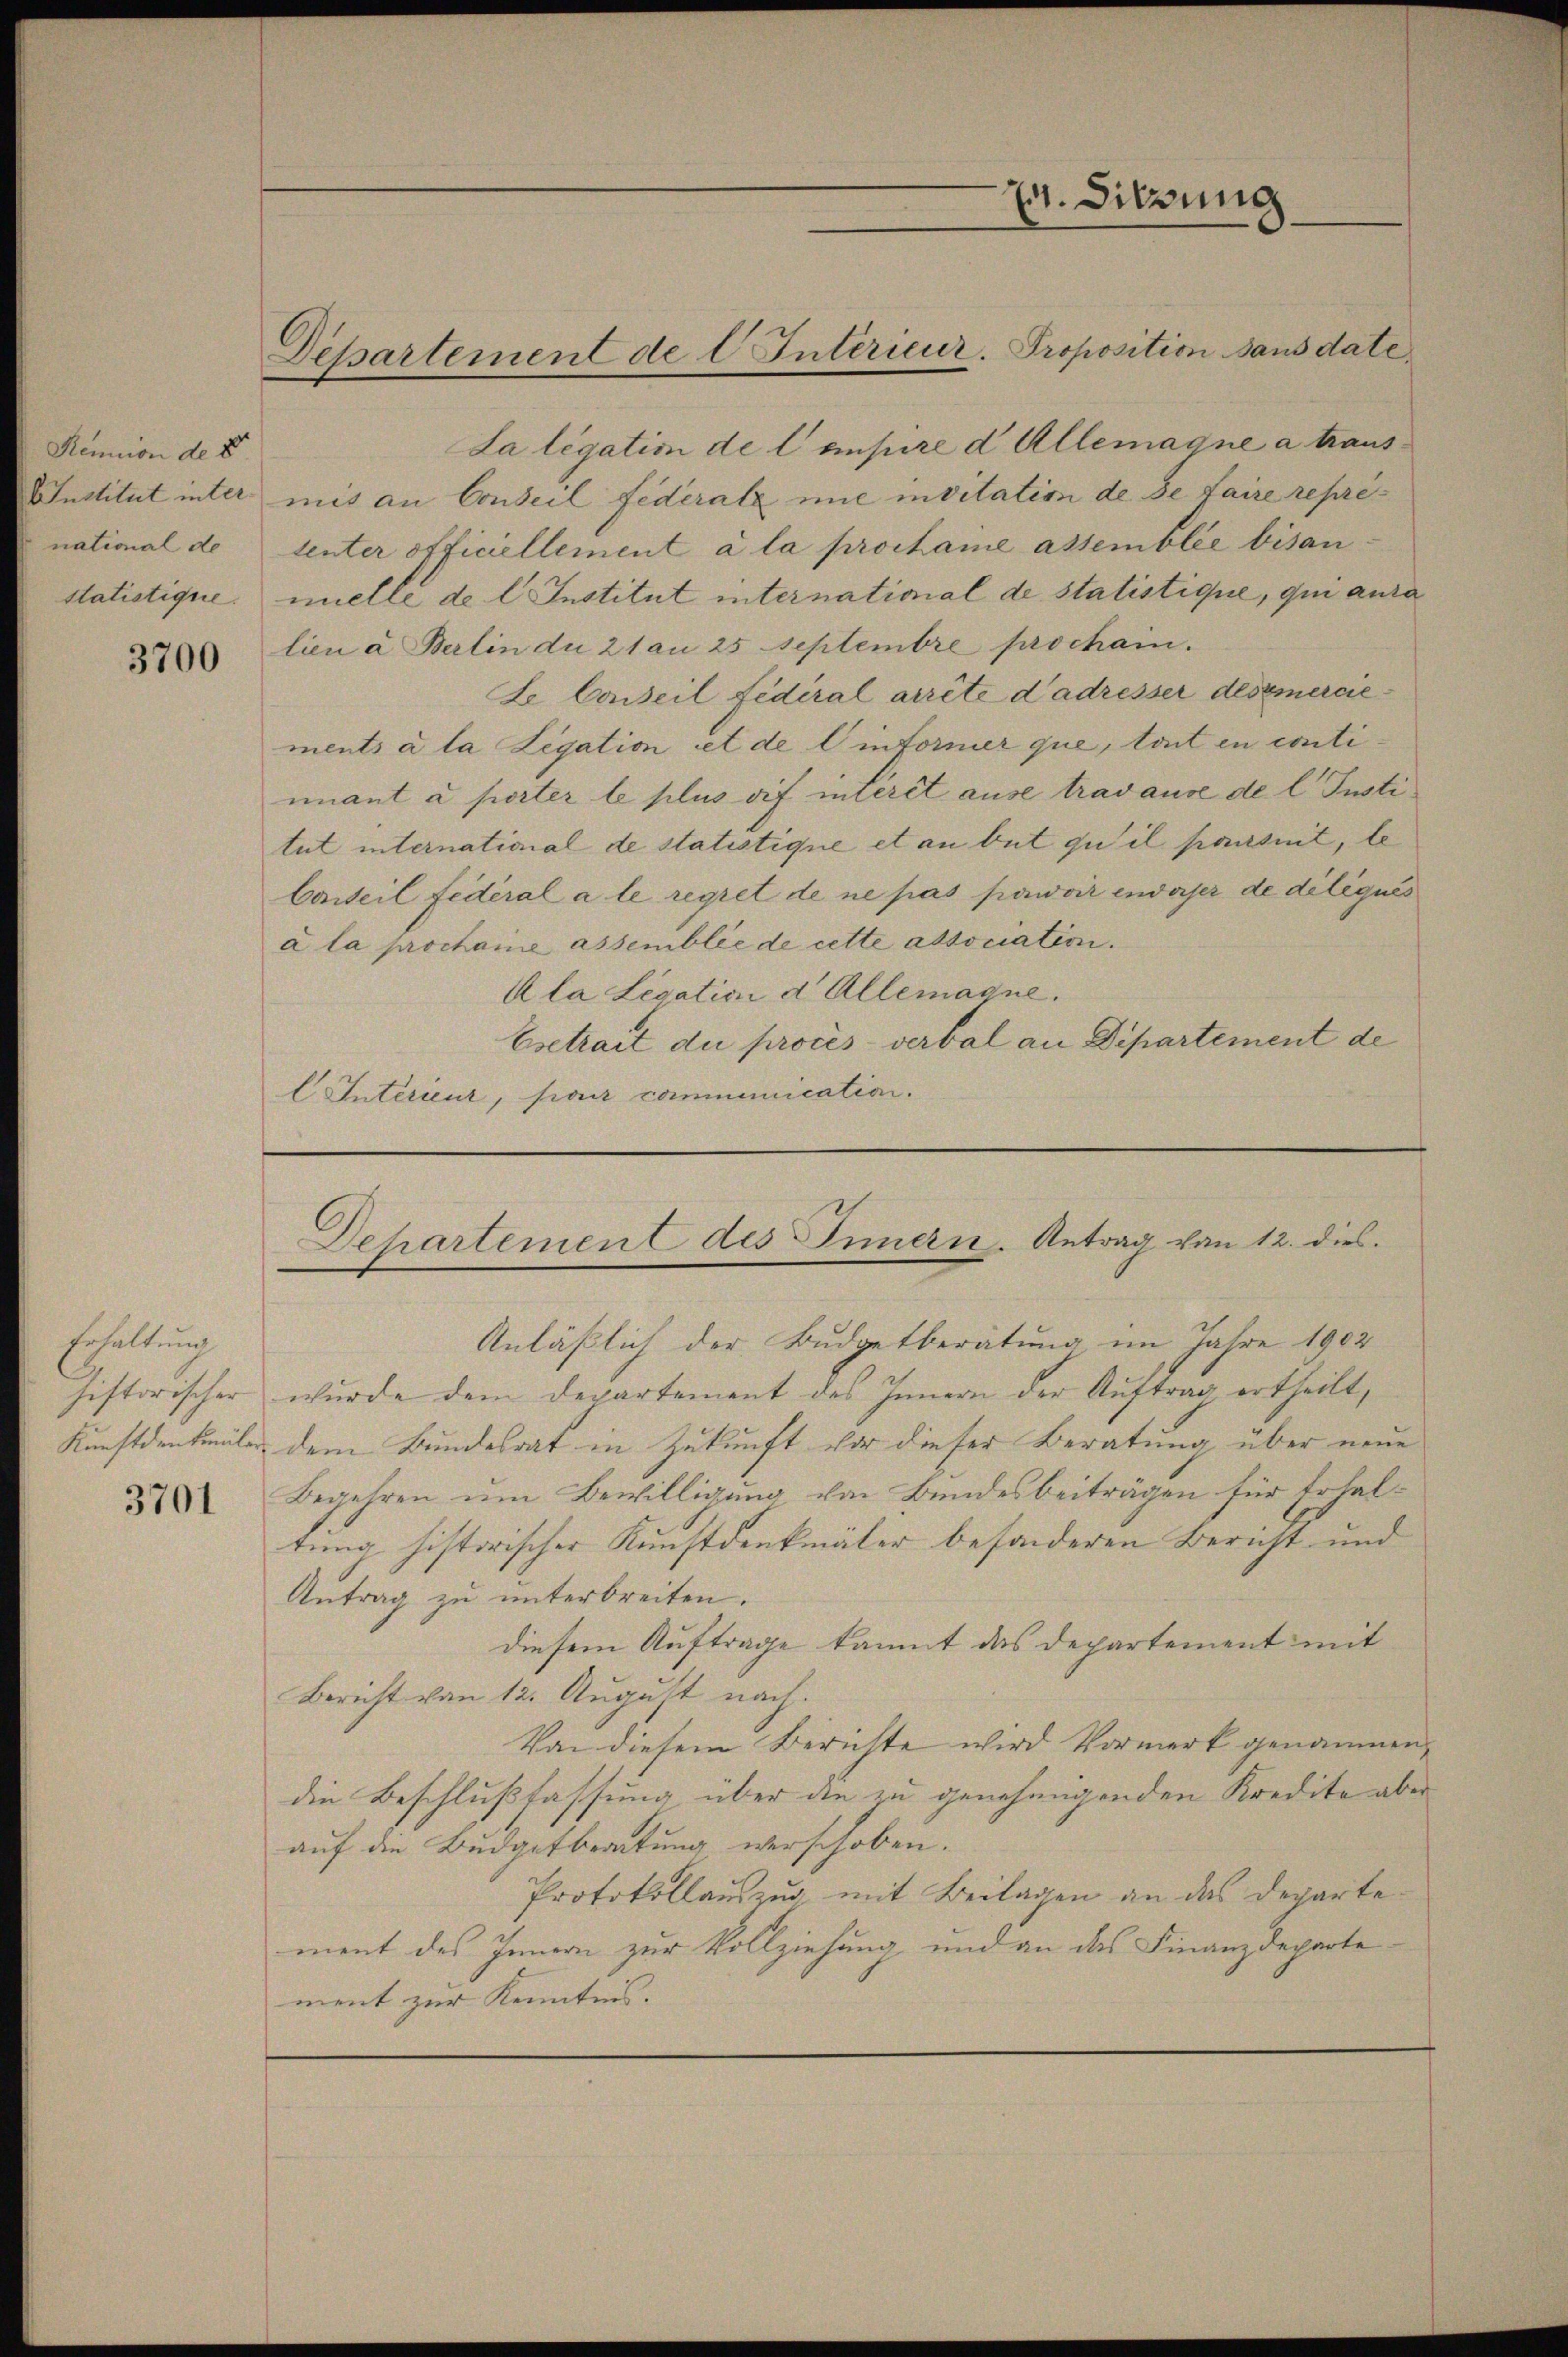
Remtion de 8
AInstitut inter
national de
statistique.

3700

Erhaltung

3701

La légatim de l unsere d. Allemagne a trausmit an Conseil Federatz nie invitation de se faire repretenter officiellement à la proclame assemblée bisanmelle de l. Institut international de statistique, qui aura
lien à Berlin du 21 an 25 Septembre prochain.
Le Conseil fédéral arrête d’adresser des emerciements à la Legation et de linformier que, tout en contiunant à porter le plus sif interet ause travause de l. Justitut international de statistique et an but qu’il pausnit, le
Carteil fédéral a le regret de ne pas powoir enderser de diliqués
à la prochane assemblée de cette association.
Ala Legation d. Allemagne.
Esetrait du procès-verbal an Departement de
EIntérieur, par communication.

Departement de l Interieur. Proposition sans date

1. Dierung

Departement des Innern. Antrag von 12. dies

Anläßlich der Budgetberatung im Jahre 1902
historischer wurde dem Departement des Innern der Auftrag ertheilt,
Kunstdenkmäler dem Bundesrat in Zukunft vor dieser Beratung über neue
Begehren um Bewilligung von Bundesbeiträgen für Erhaltung historischer Kunstdenkmäler besonderen Bericht und
Antrag zu unterbreiten.
diesem Auftrage kannt das Departement mit
Bericht von 12. August nach.
Von diesem Berichte wird Vormerk genommen,
die Beschlußfassung über die zu genehmigenden Kredita aber
auf die Budgetberatung verschoben.
Protokollauszug, mit Beilagen an das Departement des Innern zur Vollziehung und an das Finanzdeparte
ment zur Kenntnis.